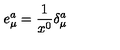
e _ { \mu } ^ { a } = \frac { 1 } { x ^ { 0 } } \delta _ { \mu } ^ { a }